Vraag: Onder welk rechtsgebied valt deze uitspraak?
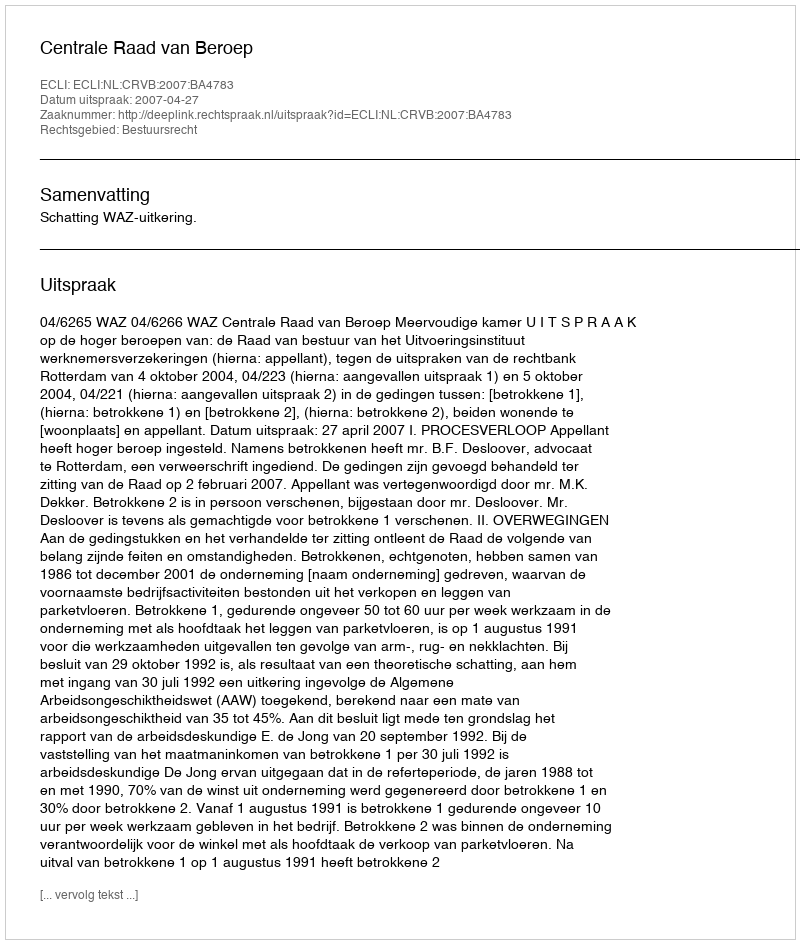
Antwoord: Bestuursrecht